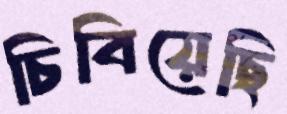
চিবিয়েছি